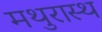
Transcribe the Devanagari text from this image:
मथुरास्थ